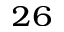
^ { 2 6 }